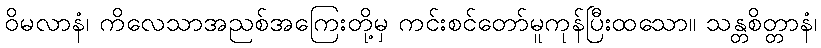
ဝိမလာနံ၊ ကိလေသာအညစ်အကြေးတို့မှ ကင်းစင်တော်မူကုန်ပြီးထသော။ သန္တစိတ္တာနံ၊